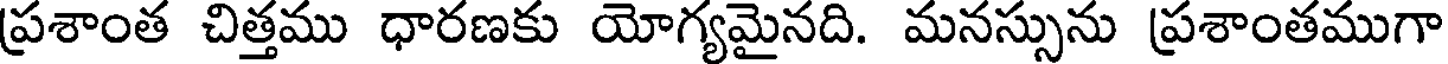
ప్రశాంత చిత్తము ధారణకు యోగ్యమైనది. మనస్సును ప్రశాంతముగా